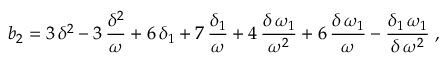
b _ { 2 } = 3 \, { \delta } ^ { 2 } - 3 \, { \displaystyle \frac { { \delta } ^ { 2 } } { { \omega } } } + 6 \, { { \delta } _ { 1 } } + 7 \, { \displaystyle \frac { { { \delta } _ { 1 } } } { { \omega } } } + 4 \, { \displaystyle \frac { { \delta } \, { { \omega } _ { 1 } } } { { \omega } ^ { 2 } } } + 6 \, { \displaystyle \frac { { \delta } \, { { \omega } _ { 1 } } } { { \omega } } } - { \displaystyle \frac { { { \delta } _ { 1 } } \, { { \omega } _ { 1 } } } { { \delta } \, { \omega } ^ { 2 } } } \; ,